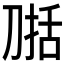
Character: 𰄷